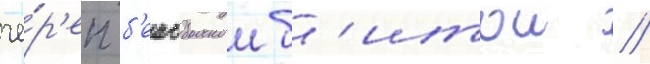
че́р'еп б'еисбольнои б'итои //